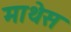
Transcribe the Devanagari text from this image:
माथेस